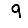
Digit: 9